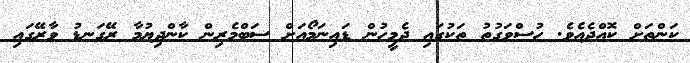
ކަންތަށް ކޮއްދެއެވެ. ހުސްވަގުތު ތަކުގައި ދެމީހުން ޑައިނަމޯއަށް ސަބްމެރިން ކާންދިޔުމާ ރޭގަނޑު ވާރޭގައި